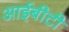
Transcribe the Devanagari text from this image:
आईबीटी